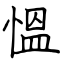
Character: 慍